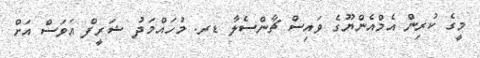
މީގެ ކުރިން އެމްއެންޔޫގެ ވައިސް ޗާންސެލާ ޑރ. މުހައްމަދު ޝަރީފް އަވަސް އަށް